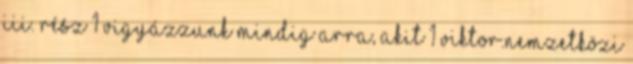
III. rész 1 Vigyázzunk mindig arra, akit 1 Viktor.nemzetközi